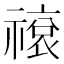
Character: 𬓕